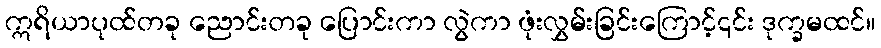
ဣရိယာပုထ်တခု ညောင်းတခု ပြောင်းကာ လွဲကာ ဖုံးလွှမ်းခြင်းကြောင့်၎င်း ဒုက္ခမထင်။